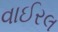
વાઈરલ